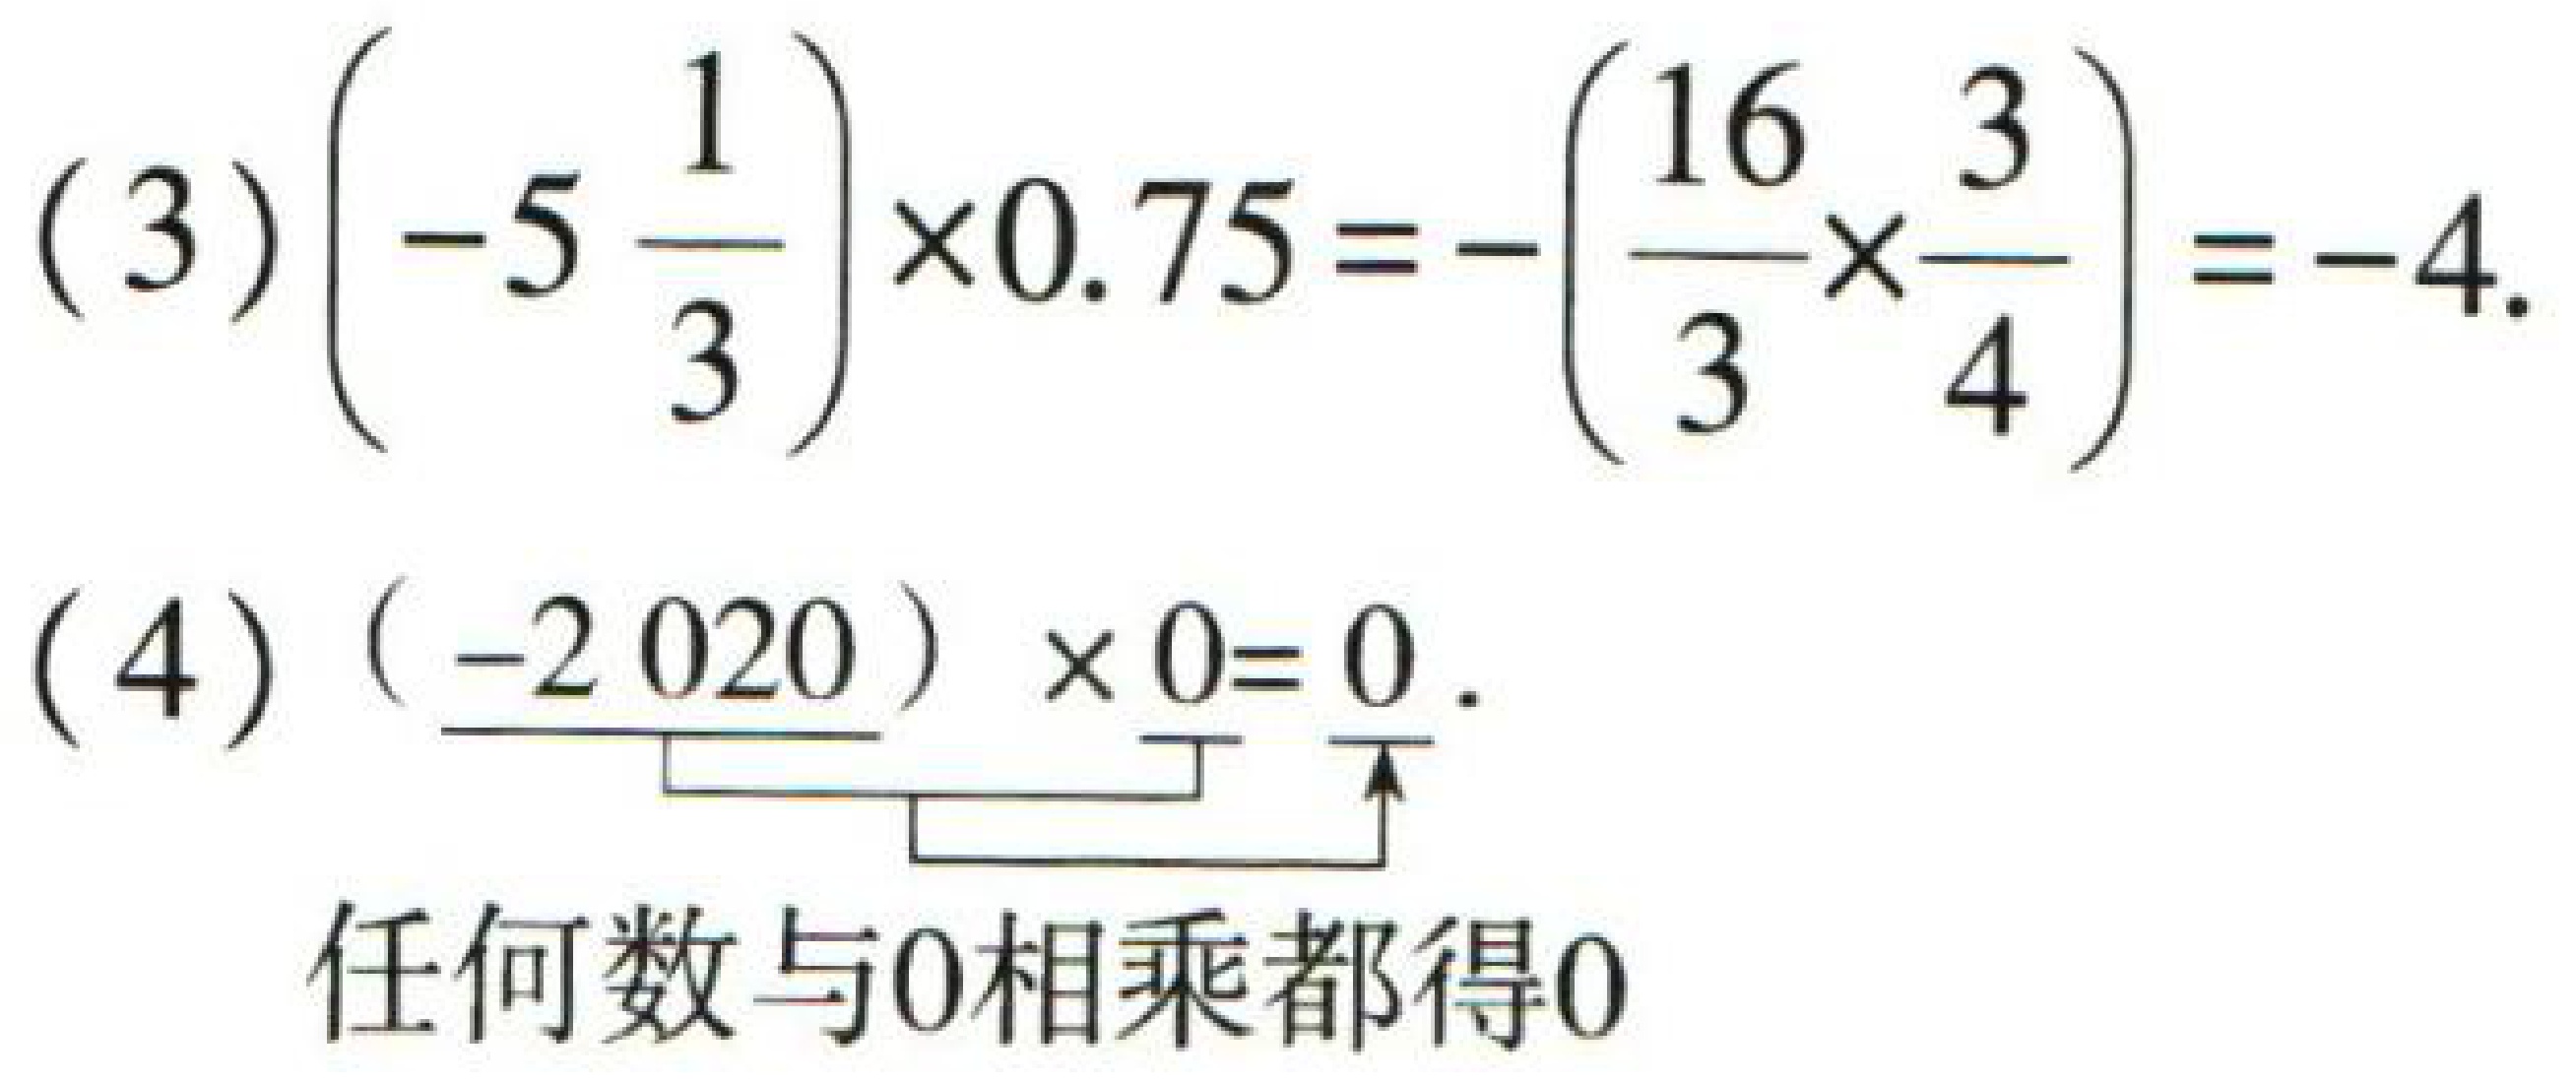
(3) \(\left(-5\frac{1}{3}\right)\times0.75 = -\left(\frac{16}{3}\times\frac{3}{4}\right)=-4\).
(4) \((-2020)\times0 = 0\).
任何数与\(0\)相乘都得\(0\)